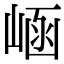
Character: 崡